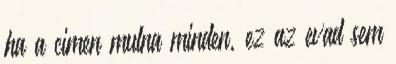
ha a cimen mulna minden, ez az evad sem